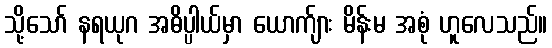
သို့သော် နရယုဂ အဓိပ္ပါယ်မှာ ယောက်ျား မိန်းမ အစုံ ဟူလေသည်။